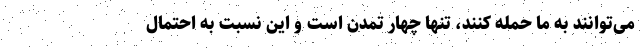
می‌توانند به ما حمله کنند، تنها چهار تمدن است و این نسبت به احتمال